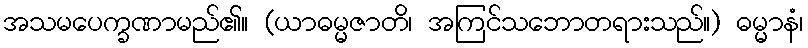
အသမပေက္ခဏာမည်၏။ (ယာဓမ္မဇာတိ၊ အကြင်သဘောတရားသည်။) ဓမ္မာနံ၊